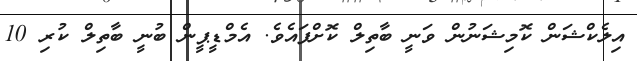
އިލެކްޝަން ކޮމިޝަނުން ވަނީ ބާތިލް ކޮށްފައެވެ. އެމްޑީޕީން ބުނީ ބާތިލް ކުރި 10